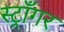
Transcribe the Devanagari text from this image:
स्ट्राँगर